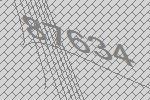
87634